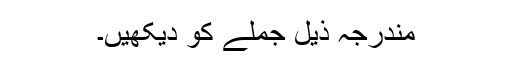
مندرجہ ذیل جملے کو دیکھیں۔